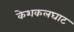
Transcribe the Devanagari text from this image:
केशकलघाट